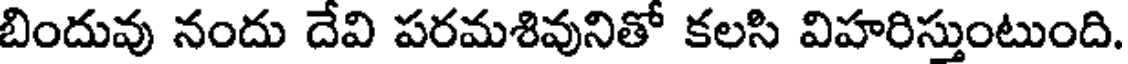
బిందువు నందు దేవి పరమశివునితో కలసి విహరిస్తుంటుంది